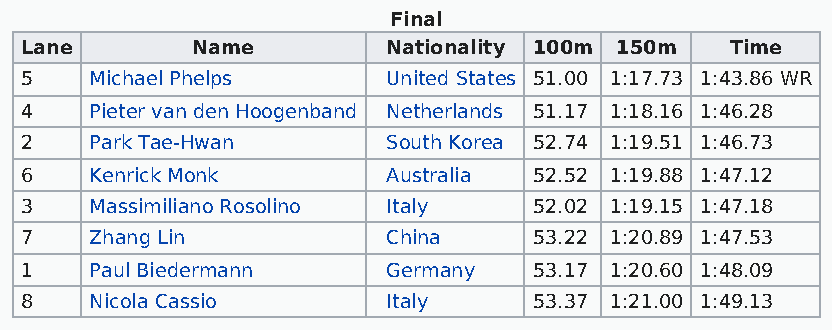
Final
 Lane        Name         Nationality 100m 150m Time
 5    Michael Phelps      United States 51.00 1:17.73 1:43.86 WR
 4    Pieter van den Hoogenband Netherlands 51.17 1:18.16 1:46.28
 2    Park Tae-Hwan       South Korea 52.74 1:19.51 1:46.73
 6    Kenrick Monk        Australia 52.52 1:19.88 1:47.12
 3    Massimiliano Rosolino Italy  52.02 1:19.15 1:47.18
 7    Zhang Lin           China    53.22 1:20.89 1:47.53
 1    Paul Biedermann     Germany  53.17 1:20.60 1:48.09
 8    Nicola Cassio       Italy    53.37 1:21.00 1:49.13